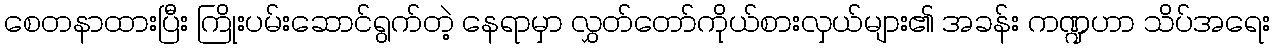
စေတနာထားပြီး ကြိုးပမ်းဆောင်ရွက်တဲ့ နေရာမှာ လွှတ်တော်ကိုယ်စားလှယ်များ၏ အခန်း ကဏ္ဍဟာ သိပ်အရေး